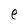
Character: e